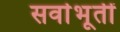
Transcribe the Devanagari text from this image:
सर्वाभूतीं